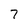
Character: 7